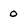
Character: 0